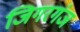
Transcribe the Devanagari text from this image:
जिगरगंज